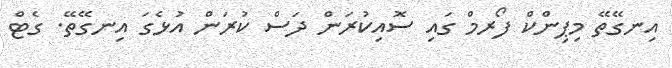
އިނގޭތޭ މިޕިންކް ފޯރމް ގައި ސޮއިކުރަން ދަސް ކުރަން އުޅެގަ އިނގޭތޭ. ގެޓް